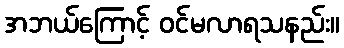
အဘယ်ကြောင့် ဝင်မလာရသနည်း။